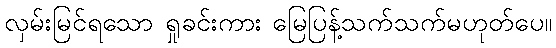
လှမ်းမြင်ရသော ရှုခင်းကား မြေပြန့်သက်သက်မဟုတ်ပေ။